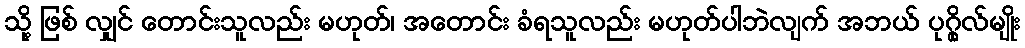
သို့ ဖြစ် လျှင် တောင်းသူလည်း မဟုတ်၊ အတောင်း ခံရသူလည်း မဟုတ်ပါဘဲလျက် အဘယ် ပုဂ္ဂိုလ်မျိုး